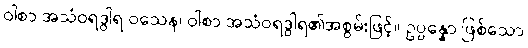
ဝါစာ အသံဝရဒွါရ ဝသေန၊ ဝါစာ အသံဝရဒွါရ၏အစွမ်းဖြင့်။ ဥပ္ပန္နော ဖြစ်သော